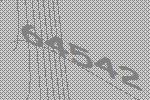
64542